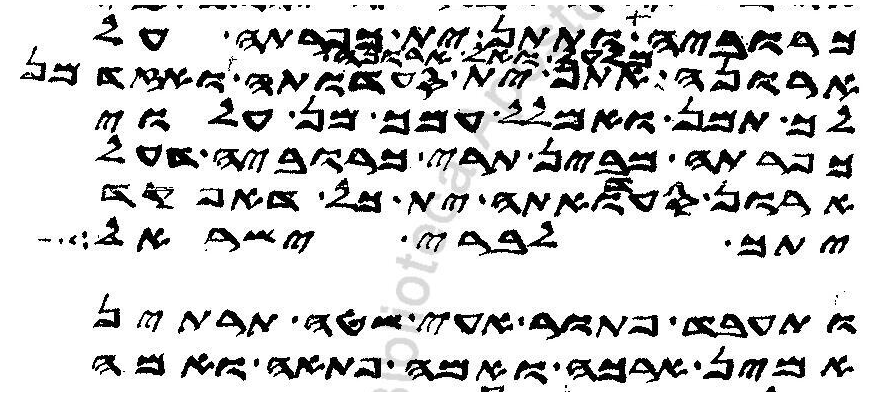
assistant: כרוביה ותתן ית כפרתה על
ארונה תתן ית סעדותה ואזדמן
לך תמן ואמלל עמך מן עלוי
כפרתה מבין תרי כרוביה דעל
ארון סעדואתה ית כל דאפקד
יתך לברי ישראל
ותעבד פתור עאי שטה תרתין
אמין ארכה ואמה פתאה ואמה